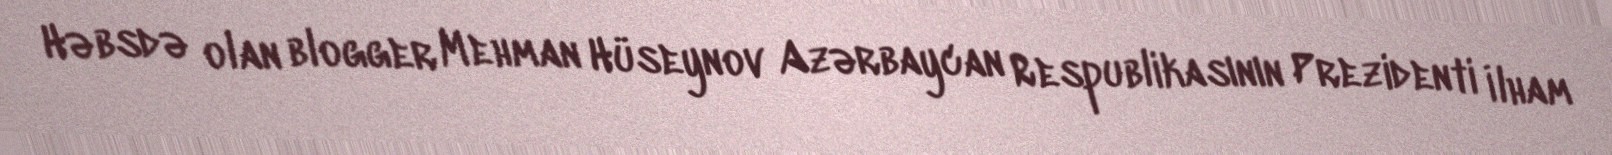
Həbsdə olan blogger Mehman Hüseynov Azərbaycan Respublikasının Prezidenti İlham